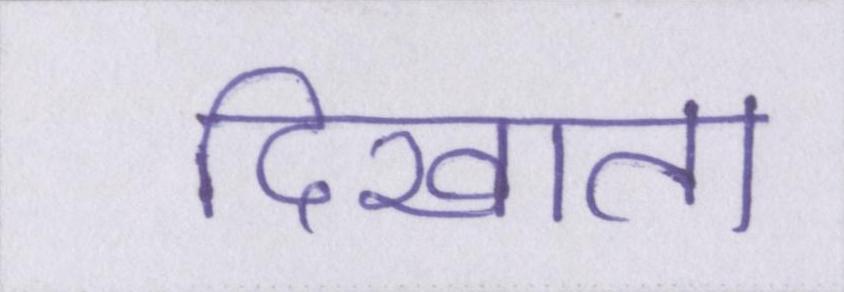
दिखाता